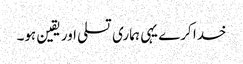
خدا کرے یہی ہماری تسلی اور یقین ہو۔